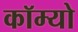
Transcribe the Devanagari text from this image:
कॉम्‍यो